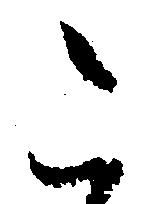
こ